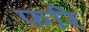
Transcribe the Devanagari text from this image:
फरि